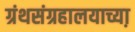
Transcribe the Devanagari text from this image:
ग्रंथसंग्रहालयाच्या़